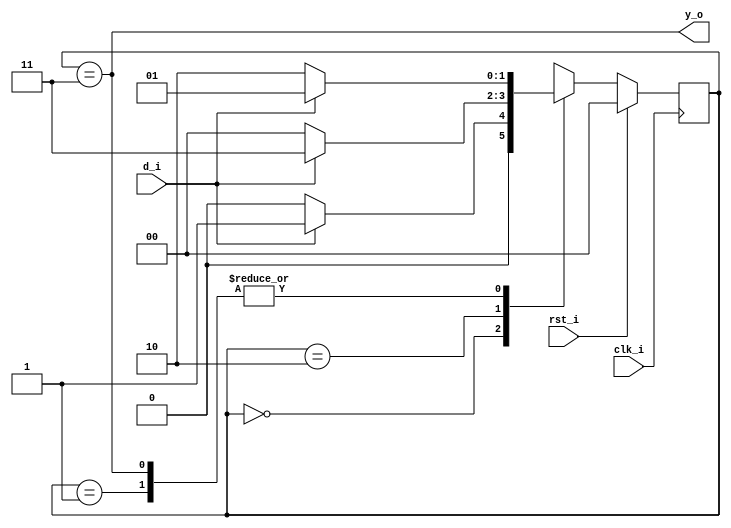
//--------------------------------------------------------------------------------
// Dependencies : 
// Description  : Moore FSM to detect Overlapping 101 Sequence
//--------------------------------------------------------------------------------

module moore_fsm_101(
  input  clk_i , // Input Clock
  input  rst_i , // Reset
  input  d_i   , // Data Input
  output y_o     // Output - Sequence Detected
);
  
  // FSM State Encoding
  localparam [1:0] S0 = 2'b00; // Idle State 
  localparam [1:0] S1 = 2'b01; // 1 detected
  localparam [1:0] S2 = 2'b10; // 10 detected
  localparam [1:0] S3 = 2'b11; // 101 detected
  
  // FSM State Registers
  reg [1:0] curr_state;
  reg [1:0] next_state;
  
  // Sequential State Change Logic
  always@(posedge clk_i)begin
    if(rst_i)begin
    // Move to IDLE state upon reset
      curr_state <= S0;
    end else begin
      curr_state <= next_state;
    end
  end
  
  // Combinational Next State Decoder
  always@(*)begin
    case(curr_state)
      // IDLE state
      S0      : begin
        if(d_i)begin
          next_state = S1; // Detected 1
        end else begin
          next_state = S0;
        end
      end
      
      // 1 is detected
      S1      : begin
        if(!d_i)begin
          next_state = S2; // Detected 10
        end else begin
          next_state = S1;
        end
      end
      
      // 10 is detected
      S2      : begin
        if(d_i)begin
          next_state = S3; // Move to 1 detected state
        end else begin
          next_state = S0; // Need to detect from first
        end
      end
	  
	  // 101 is detected
	  S3      : begin
	    if(d_i)begin
          next_state = S1; // Move to 1 detected state
        end else begin
          next_state = S2; // Move to 10 detected state
        end
	  end
      
      default : begin
        next_state = S0;
      end
      
    endcase
  end
  
  // Combinational Output Logic
  assign y_o = (curr_state == S3);

endmodule